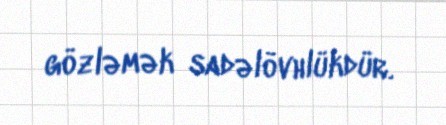
gözləmək sadəlövhlükdür.